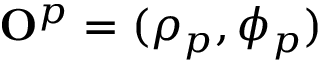
{ \bf O } ^ { p } = ( \rho _ { p } , \phi _ { p } )